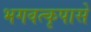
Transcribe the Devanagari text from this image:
भगवत्‍कृपासे